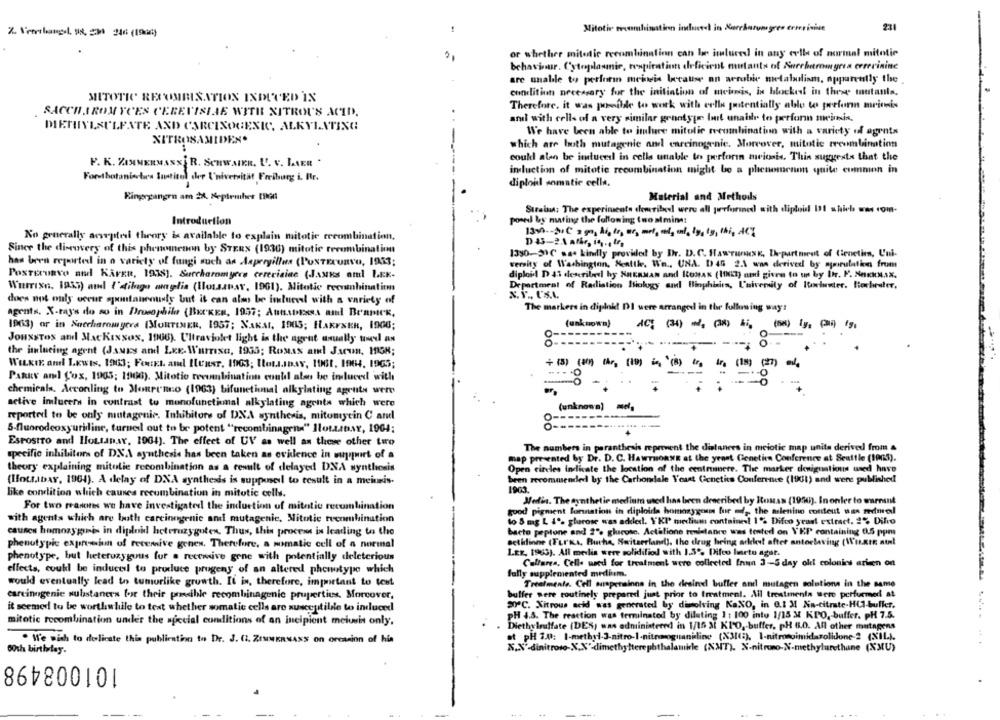
Mitotic machination induced in Marcharongres ernerisist
211
or whether mitotic recombination can be imlured in any evtl of normal mitotic
behaviour. Cytoplasmnie, respiration deficient mutants of Surehetromyria cererinine
are unable to perform meineis because on aerobic metabolism, apparently the
condition necessary for the initiation of meinis, in blockedl in these mutants.
MITOTIC RESUMEISATION INDUCED IN
Therefore. it was possible to work with cells gutentially able to perform meiois
SACCHAROMYCES CEREVISLAE WITH NITROUS ACID,
andl with cells of a very similar genotype fut unaide to perform meinis.
DIETHYLSULFATE AND CARCINOGENIC, ALKYLATING
We have been able to inlure mitolie recombination with a variety of agents
NITROSAMIDEN.
which are both mutagenic anl carcinogenic. Moreover, mitotic rrcombination
--
could alen be intuvedl in celle unable to perform meiosis. This suggests that the
F. K. ZIMMERMASSER. SCHWAIKR. U. V. LAER .
induction of mitotic recombination might be a phenomenon quite eummen in
Forstbotanischics Sontitel der I'niversität Freiburg i. fr.
diploul somatie cella.
Eingegangen am 2X. Keptember 1900
Material and Methods
Streind: The experiments chewribed were all performed with diploil DI which was com-
Introduction
posed by mating the following (no amine:
No generally aceptesi theory is available to explain mitotic recombination,
DA3-2.1 afår, in ., If,
Since the discovery of this phenomenon by STERS (1930) mitotic recombination
1390-31C sa. kindly provided by Ihr. D. C. HawrunusK. Department of tienetien, Uni-
has been reported in a variety of fungi such as Aspergillus (PUNTECURVO, 1953;
versity of Washington, Seattle, Wa ., UNA. D 45 2.1 wenn derived by myairulation from
diploid D 41 described by KannMAN and IONAN (11il) and givre to un by I. F. NackMax.
Posterunvo and KirEn, 1938). Surcharomyere cerevisiae (Jauks and LEK-
Wurrixn. 1955) and I'dtilgo anglia (lossapar, 1901). Mitotic recombinatiom
Department of Radiation Biology and Binphisira, University of luxluster. Hochruter.
does not only occur spontaneously but it can alm be imluces with a variety of
The markers in diploid DI were arranged in the following way:
agents. X-ray's do so in Drosophile (BECKER, 1957; Attstress and Benmek,
(unknown)
(5) (g, () 1g,
1963) or in Saccharomyers (MORTIMER, 1957; NAKMI, IDUS; HAKFXER, 1900;
JouxsTos and Mackissos, 1906). Ultraviolet light is the agrut usually tel an
--
the islueing agent (James and LEE. Warrisa, 1935; RoMAS am! Jarun, MON;
WILKIE and LEWIS, 1963; Fourt. and Ienst, 1903; ttetsoss, 1961, 1964. 1965;
+ (3) (0) th, (10) in (8) tr in. (18) (27) na
Pakuv and Cox, 1905: 1966). Mitotio tecombination could alen bo induced with
. -
chemicals. Acconling to Monrenco (1963) bifunctional alkylating agents were
active imlucers in contrast to monofunctional alkylating agenta which were
(unknown) mel,
reported to be only mutagenic. Inhibitors of DNA synthesis, mitomycin C and
---
5-fluorodcoxyuridine, turned out to br potent "recombinagens" Ilottbar, 1904;
Esrostro and Houtapar, 1904). The effect of UV as well as these other turo
The numbers in paranthesis reprevent the distances in meiotic map unita derived from &
specific inhibitors of DX.A synthesis has been taken as ovilence in wuyport of a
map presented by Dr. D. C. HAWTHORNE at the yeont Genetica Conference at Seattle (1963).
theory explaining mitolie recombination as a result of delayed DNA synthesis
Open circles indicate the location of the centrumnere. The marker deniguations used have
(HOLLIDAY, 1961). A delay of DXA synthesis is supposeil to result in a meinmis-
been recommended by the Carbondale Yeast Genetics Conference (1901) and were published
1903
like condition which causes recombination in mitotic cells.
Jedin. The synthetic medium used has been described by Roman (1994). Inonler to warnint
For two reasons we have Investigated the induction of mitotic recombination
good pigment lonnation in diploids homozygous fur , the mslenino conteut was medmed
with agents which are Iasth carcinogenic and mutagenic. Mitotic tvcombination
to 5 mg L 4º, glucose was added. Y'KI medium containel 1% Difco yeast extract. 2% Difio
causes homozygois in diploid heterozygotes. Thus, this process is leading to the
bacto peptone and 2% glucose. Actilione resistance was tested on VEP containing 0.5 ppm
phenotypic exprimiun of recemive gones. Therefore, a somatic cell of a normal
actidinne (Turks, Buche, Switzerland), the drug being arklet after antoclaving (Wixte ntnl
LEX, 1963). All media were solidified with 1.5º. Difco Incto agut.
phenotype, but heterozygous for a receive gone with potentially deleterious
Calfares, Celle wed for treatment were collected Enun 3-5 day old colonics arisen on
effects, coukl be inducel to produce progeny of an altered phenotype which
fully supplemented medhim.
would eventually lead to tumorlike growth. It is, therefore, important to test
Trealmente. Cell suspensions in the desired buffer and mutagen solutions in the same
carcinogenic sulistaners for their posible recombinagenic properties. Morcover,
buffer were routinely prepared just prior to treatment. All treatments were performed at
20℃. Nitrous acid was generated by dimolving KaXO, in 0.1 M Na-citrate-HUI-bulker.
it seemed to be worthwhile to text whether somatic cells are susceptible to induced
PH 4.8. The reaction was terminated by diluting 1: 100 into 1/15 M KPO ,- buffer. PH 7.5.
mitotic recombination under the special conditions of an incipient meiosis only.
Diethylsulfate (DES, was administered in 1/16 3 KPO ,- buffer, pH 6.0. All other mutagens
. We wish to delicate this publication to Dr. J. CZ. ZIMMERNASS on orcasinn of hia
at pH 2.00: 1-methyl-3-nitro-1-nitroguanidine (X31(5), I-nitronoimidazolidone 2 (XIL).
X.X' dinitroso-X.X'-dimethylterephthalamidle (NMT). N-nitrono-N-methylurethane (XXU)
60th birthday.
101008498